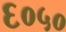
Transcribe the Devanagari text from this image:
६०५०